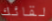
لقائك